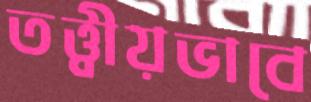
তত্ত্বীয়ভাবে